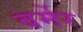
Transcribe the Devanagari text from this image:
बर्मेर